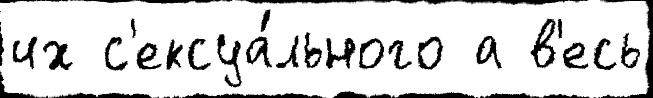
их с'ексуа́льного а в'есь